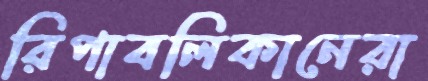
রিপাবলিকানেরা